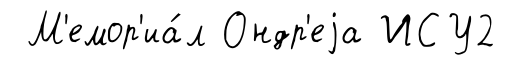
М'емор'иа́л Ондр'еjа ИСУ2